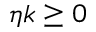
\eta k \geq 0